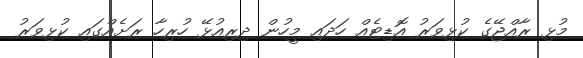
މުޅި ރާއްޖޭގެ ކުޅިވަރު އޮޑިޓެއް ހަދައި މީހުން ދިރިއުޅޭ ހުރިހާ ރަށެއްގައި ކުޅިވަރު